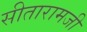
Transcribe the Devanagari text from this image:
सीतारामजी